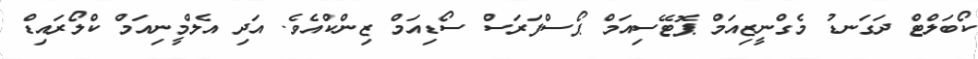
ކޯބަލްޓް ދަގަނޑު މެގްނީޒިއަމް ޕޮޓޭސިއަމް ޕޯސްފަރަސް ސޯޑިއަމް ޒިންކްއެވެ. އަދި އެލްމީނިއަމް ކްލޯރައިޑް